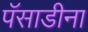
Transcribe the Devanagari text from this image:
पॅसाडीना